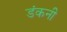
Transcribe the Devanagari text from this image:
डंकनी